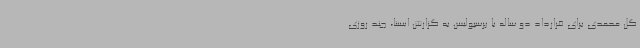
گل محمدی برای قرارداد دو ساله با پرسپولیس به گزارش ایسنا، چند روزی